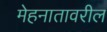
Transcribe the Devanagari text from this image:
मेहनातावरील